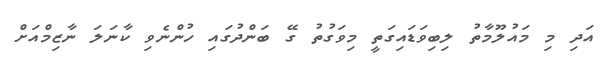
އަދި މި މައުލޫމާތު ލިބިވަޑައިގަތީ މިވަގުތު ގޭ ބަންދުގައި ހުންނެވި ކާނަލަ ނާޒިމްއަށް